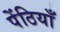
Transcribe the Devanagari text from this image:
पेंठियाँ